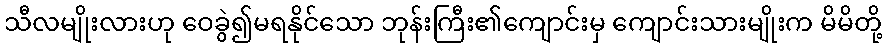
သီလမျိုးလားဟု ဝေခွဲ၍မရနိုင်သော ဘုန်းကြီး၏ကျောင်းမှ ကျောင်းသားမျိုးက မိမိတို့